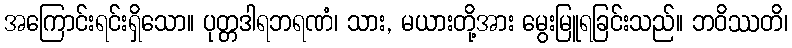
အကြောင်းရင်းရှိသော။ ပုတ္တဒါရဘရဏံ၊ သား, မယားတို့အား မွေးမြူရခြင်းသည်။ ဘဝိဿတိ၊